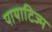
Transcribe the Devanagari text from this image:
पायाटिज्म